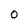
Character: O